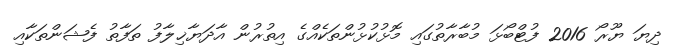
ދިޔަ ޔޫރޯ 2016 ފުޓްބޯޅަ މުބާރާތުގައި މޮޅުކުޅުންތަކެއްގެ އިތުރުން އާދަޔާޚިލާފު ތަފާތު ފެޝަންތަކާއި